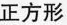
正方形